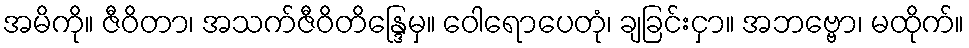
အမိကို။ ဇီဝိတာ၊ အသက်ဇီဝိတိန္ဒြေမှ။ ဝေါရောပေတုံ၊ ချခြင်းငှာ။ အဘဗ္ဗော၊ မထိုက်။